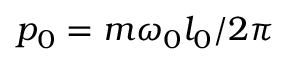
p _ { 0 } = m \omega _ { 0 } l _ { 0 } / 2 \pi